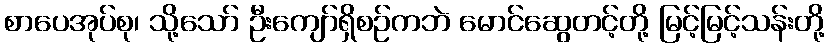
စာပေအုပ်စု၊ သို့သော် ဦးကျော်ရှိစဉ်ကဘဲ မောင်ဆွေတင့်တို့ မြင့်မြင့်သန်းတို့